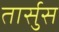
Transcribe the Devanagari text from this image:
तार्सुस